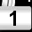
Digit: 1